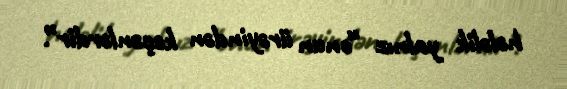
hələlik yalnız “onun ürəyindən keçənlərdir”.